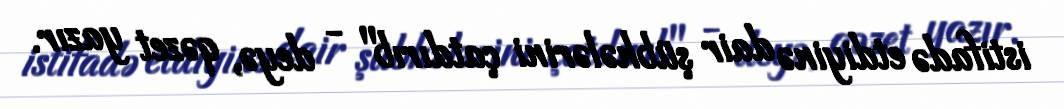
istifadə etdiyinə dair şübhələrini çatdırıb" - deyə, qəzet yazır.